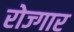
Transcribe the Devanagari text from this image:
रोज्गार